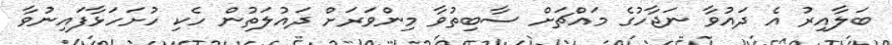
ބަލާއިރު އެ ދައުވާ ނަޖާހުގެ މައްޗަށް ސާބިތުވާ މިންވަރަށް ދައުލަތުން ހެކި ހުށަހަޅާފައިނުވާ